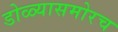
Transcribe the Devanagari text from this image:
डोळ्यासमोरच